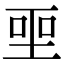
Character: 𪡅